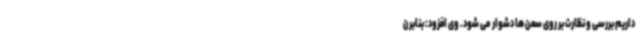
داریم بررسی و نظارت بر روی سمن ها دشوار می شود. وی افزود: بنابر ن